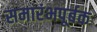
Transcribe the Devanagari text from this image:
समारंभपूर्बक